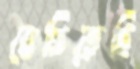
বেচিতেছি